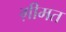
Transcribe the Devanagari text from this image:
ग़ीमत